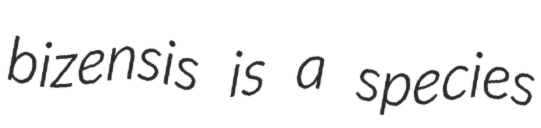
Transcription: bizensis is a species